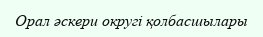
Орал әскери округі қолбасшылары